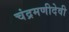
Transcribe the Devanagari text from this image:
चंद्रमणीदेवी